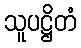
သူပဋ္ဌိတံ